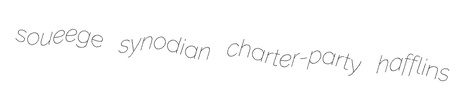
soueege synodian charter-party hafflins